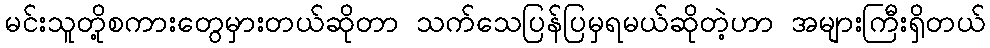
မင်းသူတို့စကားတွေမှားတယ်ဆိုတာ သက်သေပြန်ပြမှရမယ်ဆိုတဲ့ဟာ အများကြီးရှိတယ်